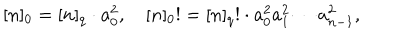
[ n ] _ { 0 } = [ n ] _ { q } \cdot a _ { 0 } ^ { 2 } , \quad [ n ] _ { 0 } ! = [ n ] _ { q } ! \cdot a _ { 0 } ^ { 2 } a _ { 1 } ^ { 2 } \cdots a _ { n - 1 } ^ { 2 } ,